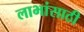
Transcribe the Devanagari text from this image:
लाभांसाठी